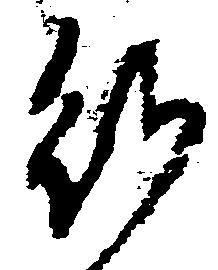
行